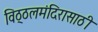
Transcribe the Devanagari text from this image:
विठ्ठलमंदिरासाठी